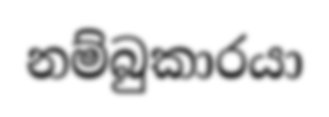
නම්බුකාරයා